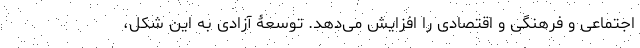
اجتماعی و فرهنگی و اقتصادی را افزایش می‌دهد. توسعۀ آزادی به این شکل،